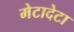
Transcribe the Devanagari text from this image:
मेटादेटा